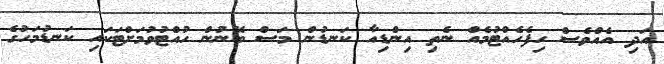
އަދި އެއްވެސް ހިފެހެއްޓުމެއް ނެތި އިންޑިއާ ކަނޑުން މަސް ބޭނުން ހުއްޓުވުމަށްޓަކައި ކަނޑުމަހުގެ